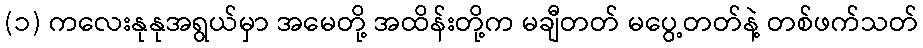
(၁) ကလေးနုနုအရွယ်မှာ အမေတို့ အထိန်းတို့က မချီတတ် မပွေ့တတ်နဲ့ တစ်ဖက်သတ်